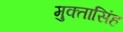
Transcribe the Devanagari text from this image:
मुक्तासिंह